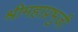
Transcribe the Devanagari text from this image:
श्रीमहाप्रभुजी